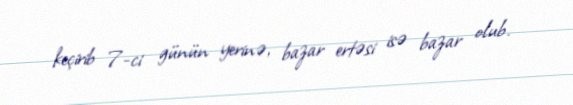
keçirib 7-ci günün yerinə, bazar ertəsi isə bazar olub.